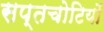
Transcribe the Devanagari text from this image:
सप्तचोटियों